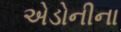
એડોનીના